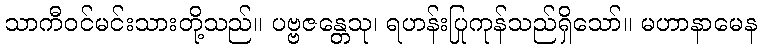
သာကီဝင်မင်းသားတို့သည်။ ပဗ္ဗဇန္တေသု၊ ရဟန်းပြုကုန်သည်ရှိသော်။ မဟာနာမေန